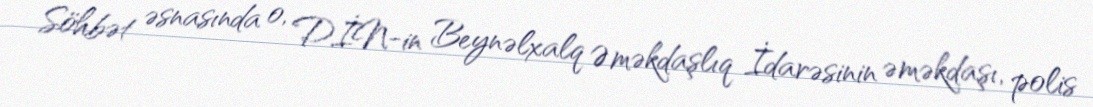
Söhbət əsnasında o, DİN-in Beynəlxalq Əməkdaşlıq İdarəsinin əməkdaşı, polis